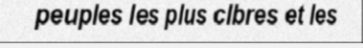
peuples les plus clbres et les